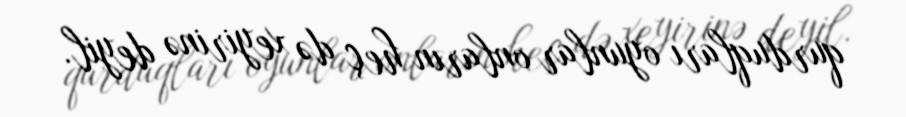
qurduqları oyunlar onların heç də xeyirinə deyil.